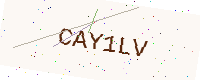
Text: CAY1LV